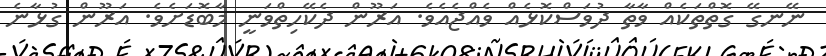
ނޭނގޭ ގޮތްތަކެއް ވާތާ ދުވަސްކޮޅެއް ވެއްޖެއެވެ. އަރޫން ދެކޭހިތްވަނީ މާބޮޑަށެވެ. އަރޫން ގުޅާނެ